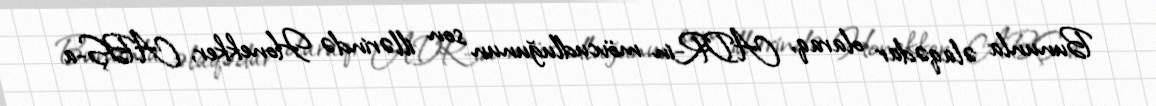
Bununla əlaqədar olaraq, ADR-in mövcudluğunun son illərində Honekker, ABŞ-a